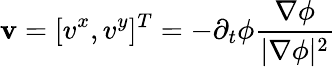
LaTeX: \mathbf{v}=[v^{x},v^{y}]^{T}=-\partial_{t}\phi\frac{\nabla\phi}{|\nabla\phi|^{2}}